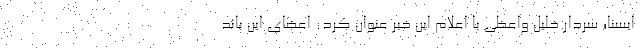
ایسنا؛ سردار خلیل واعظی با اعلام این خبر عنوان کرد: اعضای این باند